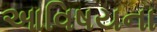
આવિષયના